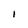
Character: I